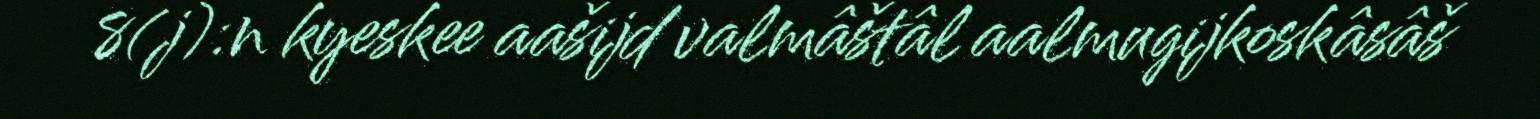
8(j):n kyeskee aašijd valmâštâl aalmugijkoskâsâš